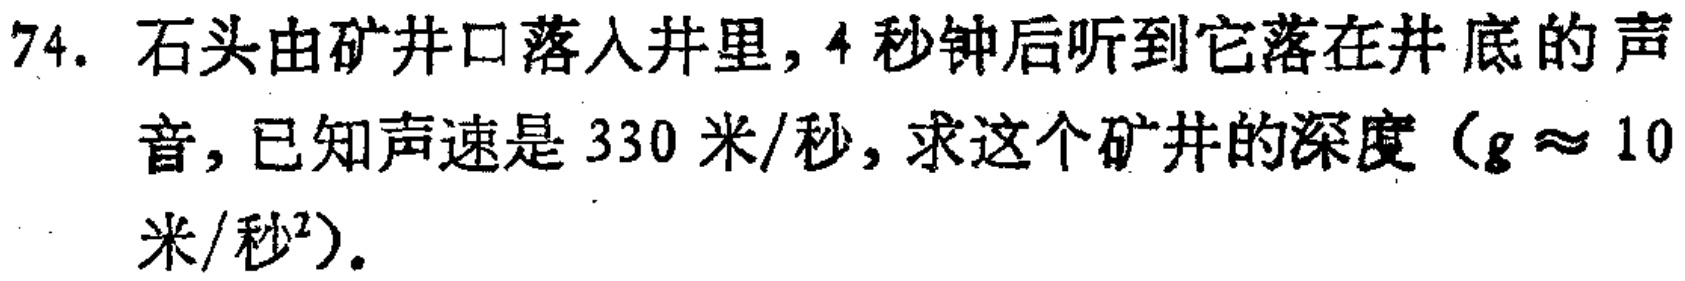
74. 石头由矿井口落入井里，4秒钟后听到它落在井底的声音，已知声速是330米/秒，求这个矿井的深度（\(g\approx 10\)米/秒²）。